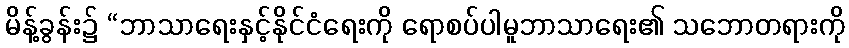
မိန့်ခွန်း၌ “ဘာသာရေးနှင့်နိုင်ငံရေးကို ရောစပ်ပါမူဘာသာရေး၏ သဘောတရားကို